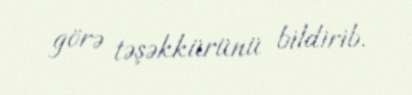
görə təşəkkürünü bildirib.